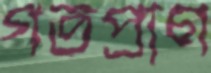
গতপ্রাণ